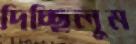
দিচ্ছিলুম